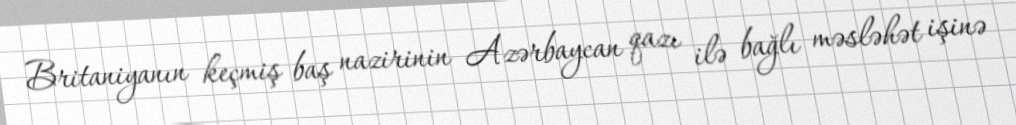
Britaniyanın keçmiş baş nazirinin Azərbaycan qazı ilə bağlı məsləhət işinə